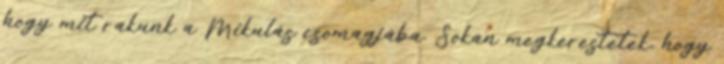
hogy mit rakunk a Mikulás csomagjába. Sokan megkerestetek, hogy